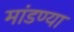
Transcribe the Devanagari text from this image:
मांडण्या